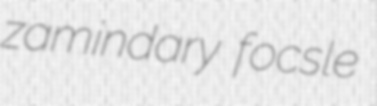
zamindary focsle